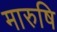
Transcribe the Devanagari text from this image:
मारुषि